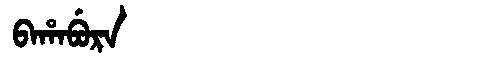
Manchu: ᠪᠠᡥᠠᠪᡠᡵᠠ
Romanization: BAHABURA